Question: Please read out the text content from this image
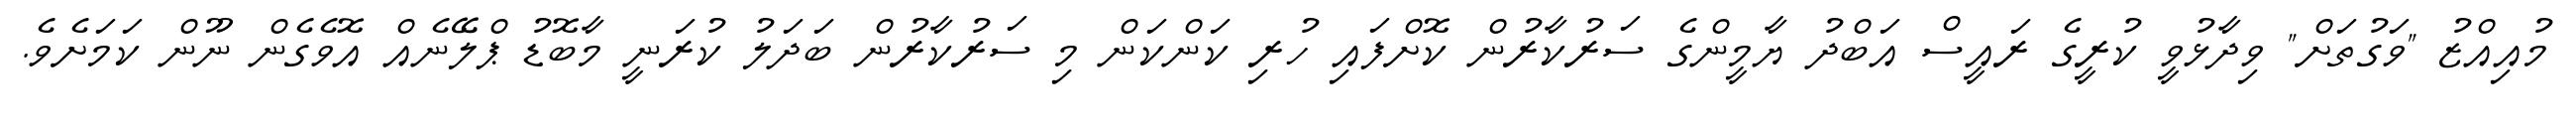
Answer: މުއިއްޒު "ވަގުތަށް" ވިދާޅުވީ ކުރީގެ ރައީސް އަބްދު ޔާމީންގެ ސަރުކާރުން ކޮށްފައި ހުރި ކަންކަން މި ސަރުކާރުން ބަދަލު ކުރަނީ މާބޮޑު ޕްލޭނެއް އޮވެގެން ނޫން ކަމަށެވެ.